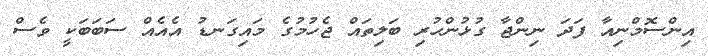
އިންސޮމްނިއާ ފަދަ ނިންޖާ ގުޅުންހުރި ބަލިތައް ޖެހުމުގެ މައިގަނޑު އެއެއް ސަބަބަކީ ވެސް